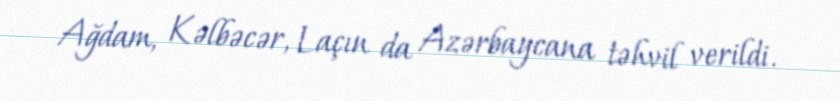
Ağdam, Kəlbəcər, Laçın da Azərbaycana təhvil verildi.